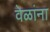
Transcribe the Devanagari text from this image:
वेळांना